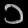
Digit: ၁